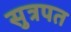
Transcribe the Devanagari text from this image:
सुत्रपत